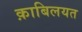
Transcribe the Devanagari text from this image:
क़ाबिलयत